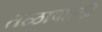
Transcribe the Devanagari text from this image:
तळापाळी